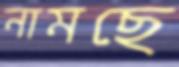
নামছে